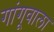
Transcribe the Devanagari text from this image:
गांगूवाला